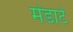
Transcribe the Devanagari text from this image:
मेंडार्ट